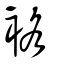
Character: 袼